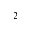
_ 2